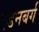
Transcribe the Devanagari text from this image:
एडनबर्ग